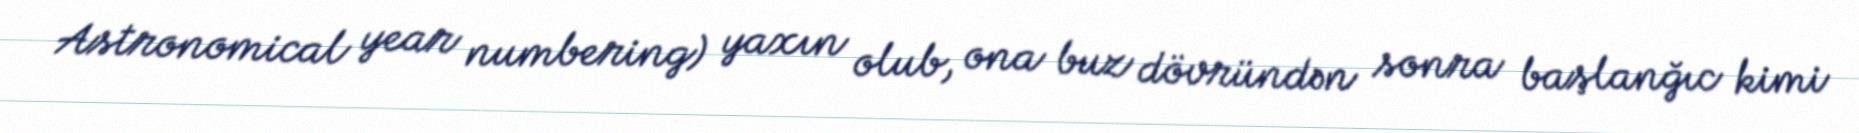
Astronomical year numbering) yaxın olub, ona buz dövründən sonra başlanğıc kimi